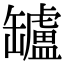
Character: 罏